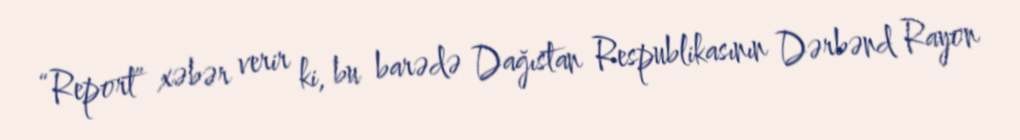
“Report” xəbər verir ki, bu barədə Dağıstan Respublikasının Dərbənd Rayon